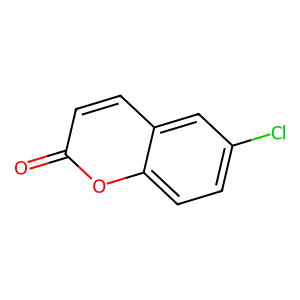
SMILES: O=c1ccc2cc(Cl)ccc2o1
Inhibits HIV replication: No